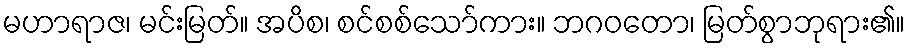
မဟာရာဇ၊ မင်းမြတ်။ အပိစ၊ စင်စစ်သော်ကား။ ဘဂဝတော၊ မြတ်စွာဘုရား၏။